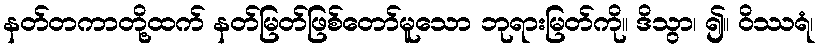
နတ်တကာတို့ထက် နတ်မြတ်ဖြစ်တော်မူသော ဘုရားမြတ်ကို။ ဒိသွာ၊ ၍။ ဝိဿရံ၊